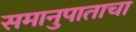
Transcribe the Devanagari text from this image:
समानुपाताचा